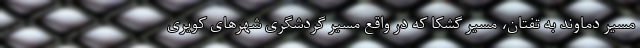
مسیر دماوند به تفتان، مسیر گشکا که در واقع مسیر گردشگری شهرهای کویری